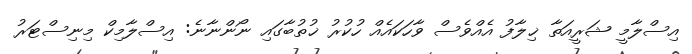
އިސްލާމީ ޝަރީއަތާ ޚިލާފު އެއްވެސް ވާހަކައެއް ހުކުރު ޚުތުބާގައި ނޯންނާނެ: އިސްލާމިކް މިނިސްޓަރު